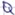
Text: Q